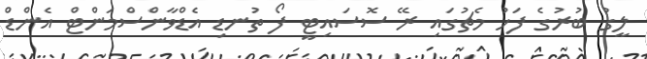
ލީގު ބުރުގެ ފަހު މެޗުގައި ރޭ ސޮސައިޓީ ފޯ ތުނޑި އެޑްވާންސްމަންޓް އެންޑް